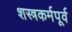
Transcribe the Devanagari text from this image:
शस्त्रकर्मपूर्व